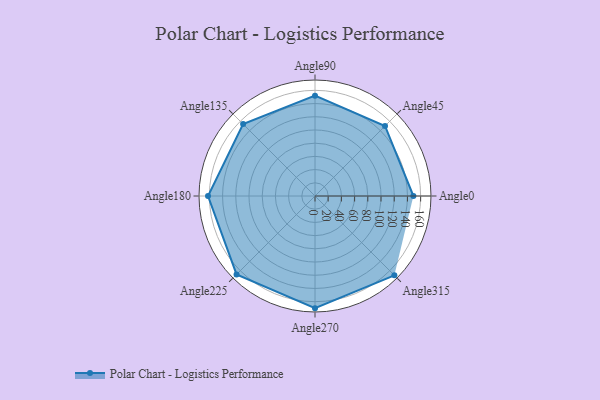
{"axis": {"x": "Angle", "y": "Radius"}, "legend": [""], "data": [{"x": "Angle0", "y": 149.0, "type": ""}, {"x": "Angle45", "y": 150.0, "type": ""}, {"x": "Angle90", "y": 152.0, "type": ""}, {"x": "Angle135", "y": 154.0, "type": ""}, {"x": "Angle180", "y": 162.0, "type": ""}, {"x": "Angle225", "y": 168.0, "type": ""}, {"x": "Angle270", "y": 170, "type": ""}, {"x": "Angle315", "y": 170, "type": ""}]}